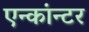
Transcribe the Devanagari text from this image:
एन्कांन्टर